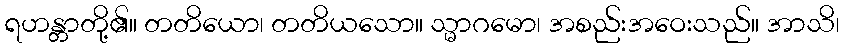
ရဟန္တာတို့၏။ တတိယော၊ တတိယသော။ သ္မာဂမော၊ အစည်းအဝေးသည်။ အာသိ၊